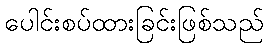
ပေါင်းစပ်ထားခြင်းဖြစ်သည်